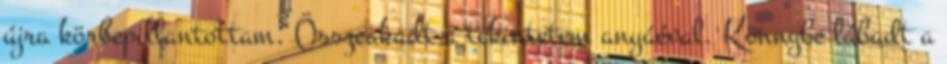
újra körbepillantottam. Összeakadt a tekintetem anyáéval. Könnybe lábadt a